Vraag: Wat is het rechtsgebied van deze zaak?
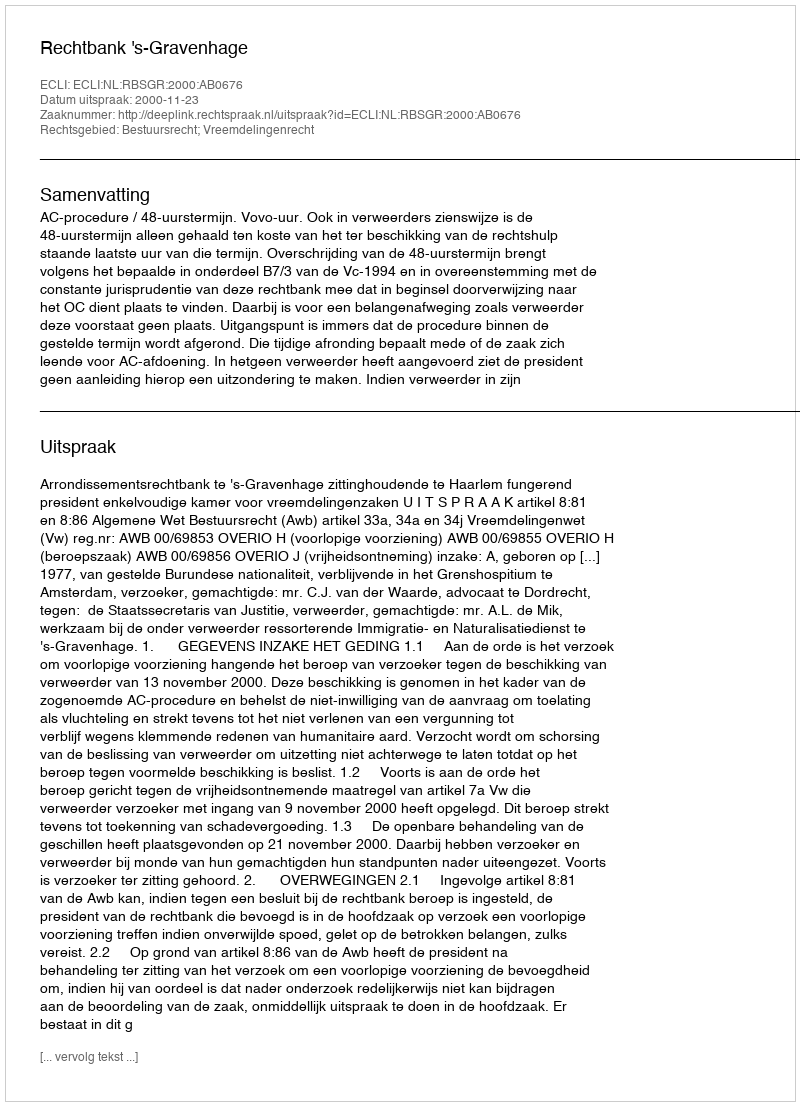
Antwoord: Bestuursrecht; Vreemdelingenrecht